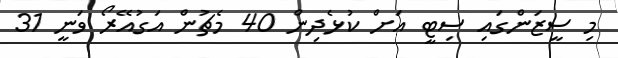
މި ސީޒަންގައި ސިޓީ އަށް ކުޅެދިން 40 މެޗުން އަގުއޭރޯ ވަނީ 31